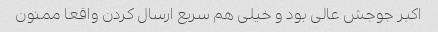
اکبر جوجش عالی بود و خیلی هم سریع ارسال کردن واقعا ممنون